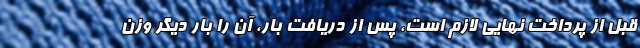
قبل از پرداخت نهایی لازم است، پس از دریافت بار، آن را بار دیگر وزن